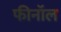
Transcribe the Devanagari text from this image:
फीनॉल